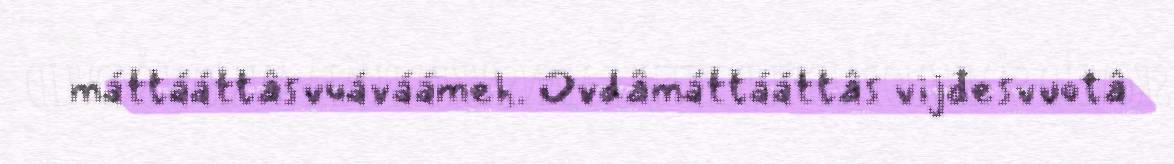
máttááttâsvuáváámeh. Ovdâmáttááttâs vijđesvuotâ